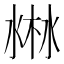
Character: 𣷘